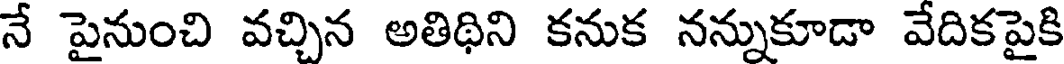
నే పైనుంచి వచ్చిన అతిథిని కనుక నన్నుకూడా వేదికపైకి